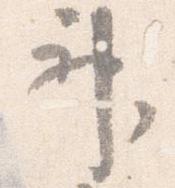
神